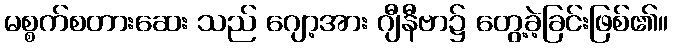
မစ္စက်စတားဆေး သည် ဂျော့အား ဂျီနီဗာ၌ တွေ့ခဲ့ခြင်းဖြစ်၏။